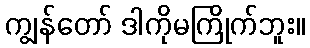
ကျွန်တော် ဒါကိုမကြိုက်ဘူး။